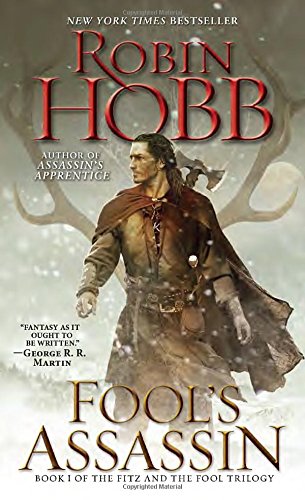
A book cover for Fool's Assassin: Book I of the Fitz and the Fool Trilogy; Robin Hobb; Science Fiction & Fantasy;